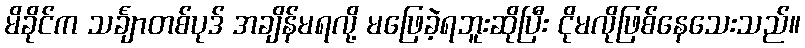
မိခိုင်က သင်္ချာတစ်ပုဒ် အချိန်မရလို့ မဖြေခဲ့ရဘူးဆိုပြီး ငိုမလိုဖြစ်နေသေးသည်။